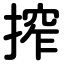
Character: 搾